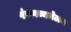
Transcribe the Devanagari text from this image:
पंचगव्यमेलन